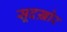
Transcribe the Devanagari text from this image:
सूदख़ोर